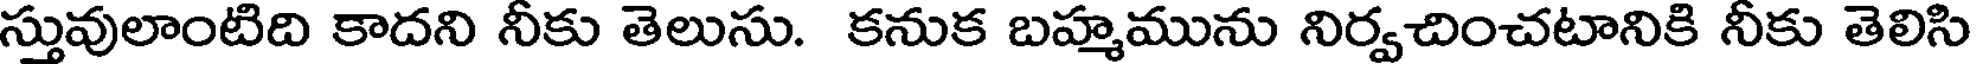
స్తువులాంటిది కాదని నీకు తెలుసు. కనుక బహ్మమును నిర్వచించటానికి నీకు తెలిసి